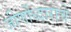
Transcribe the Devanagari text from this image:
जीर्णोध्दाराचे